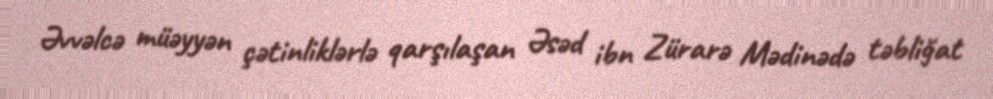
Əvvəlcə müəyyən çətinliklərlə qarşılaşan Əsəd ibn Zürarə Mədinədə təbliğat